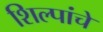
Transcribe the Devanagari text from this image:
शिल्पांचे